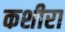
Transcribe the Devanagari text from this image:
कशीरा